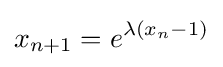
x_{n+1}=e^{\lambda (x_{n}-1)}